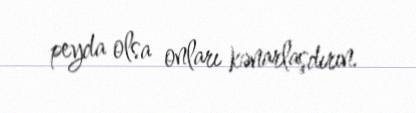
peyda olsa onları kənarlaşdırın.